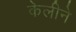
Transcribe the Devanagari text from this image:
केलीने